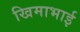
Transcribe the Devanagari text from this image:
खिमाभाई